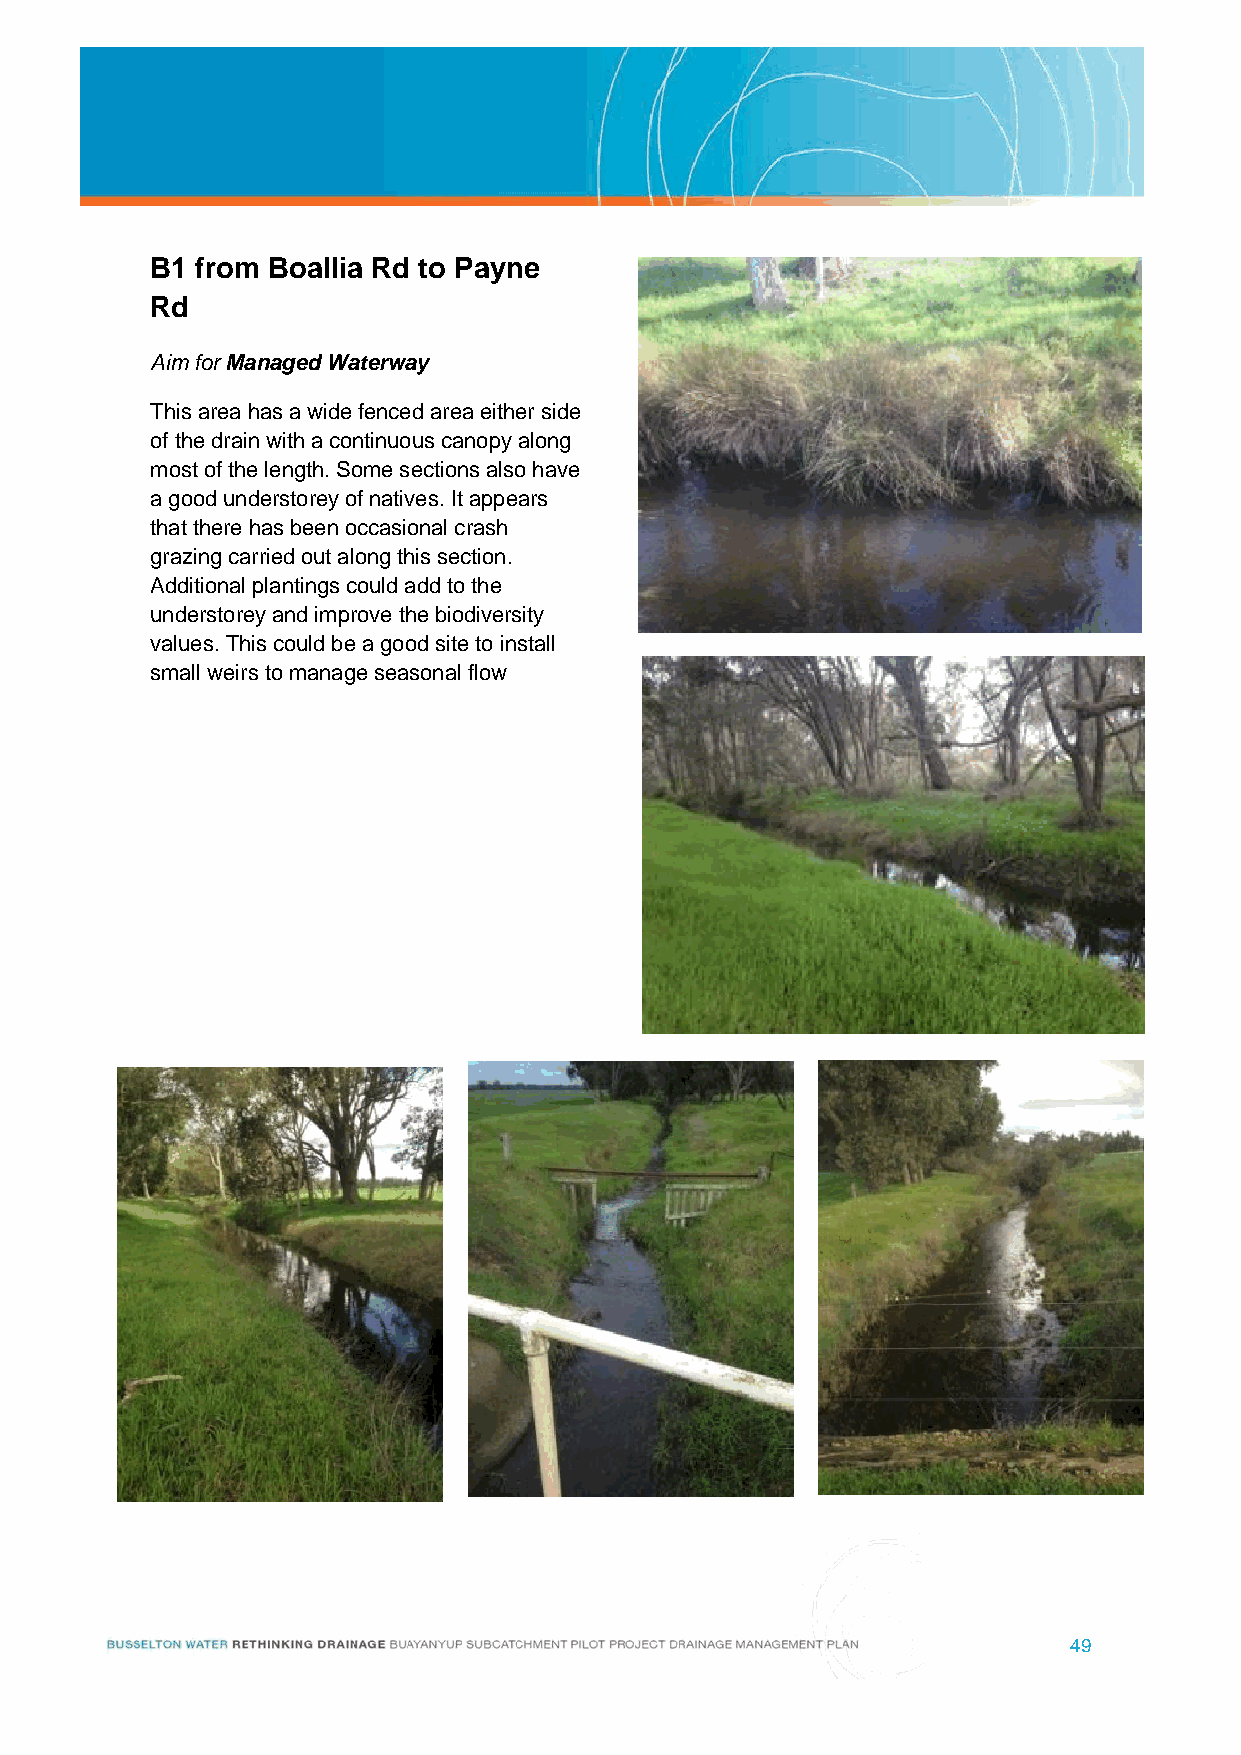
B1 from Boallia Rd to Payne
 Rd
 Aim for Managed Waterway
 This area has a wide fenced area either side
 of the drain with a continuous canopy along
 most of the length. Some sections also have
 a good understorey of natives. It appears
 that there has been occasional crash
 grazing carried out along this section.
 Additional plantings could add to the
 understorey and improve the biodiversity
 values. This could be a good site to install
 small weirs to manage seasonal flow
 49